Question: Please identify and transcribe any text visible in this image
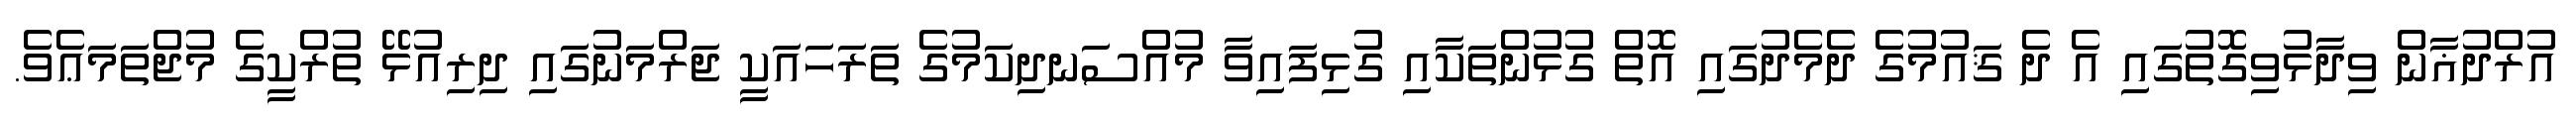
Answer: އުރްދުޣާން ވިދާޅުވިގޮތުގައި އެ ދެ ޤައުމުގެ ދެމެދުގައި އޮތް ގުޅުންތަކާއި ގުޅިފައިވާ މުއްސަނދިކަމުގެ ތަރަހައަކީ ޖަރްމަނުގައި ދިރިއުޅޭ ތުރްކީގެ މުޖްތަމަޢެވެ.